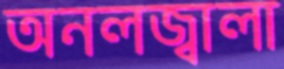
অনলজ্বালা